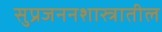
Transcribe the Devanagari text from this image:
सुप्रजननशास्त्रातील